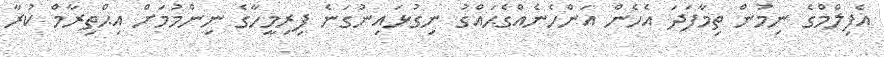
އެފިލްމްގެ ނިމުން ތިމާފަދަ އެހެން އަންހެނެއްގެޙައްގު ނިގުޅައިނުގަނެ ފިރިމީހާގެ ނިންމުމަށް އިޙްތިރާމް ކުރާ